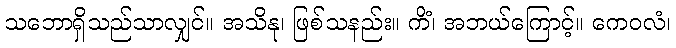
သဘောရှိသည်သာလျှင်။ အသိနု၊ ဖြစ်သနည်း။ ကိံ၊ အဘယ်ကြောင့်။ ကေဝလံ၊